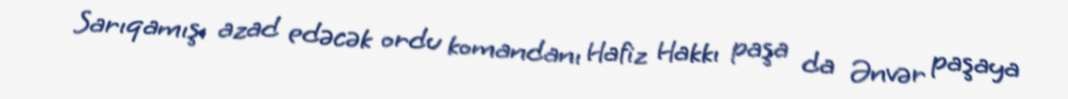
Sarıqamışı azad edəcək ordu komandanı Hafiz Hakkı paşa da Ənvər paşaya